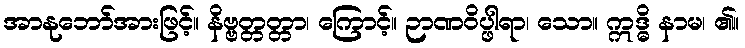
အာနုဘော်အားဖြင့်။ နိဗ္ဗတ္တတ္တာ၊ ကြောင့်။ ဉာဏဝိပ္ဖါရာ၊ သော။ ဣဒ္ဓိ နာမ၊ ၏။